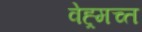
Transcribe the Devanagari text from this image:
वेह्र्मच्त